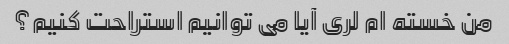
من خسته ام لری آیا می توانیم استراحت کنیم؟